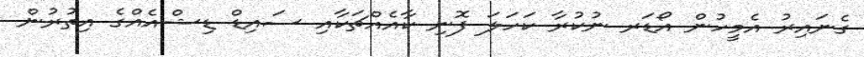
ގެނައިރު އެމީހުން އޯޑަރ ނުކުރާ ކަހަލަ ފޮނި ކާއެއްޗަކާއި ސައިޑް ޑިޝްއެއްގެ އިތުރުން